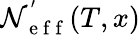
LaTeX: \mathcal{N}_{\mathrm{{~e~f~f~}}}^{'}(T,x)